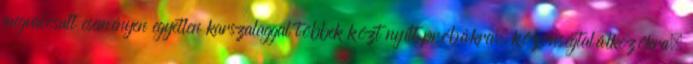
megvalósult eseményen egyetlen karszalaggal többek közt nyílt próbákra, közönségtalálkozókra,